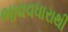
ભાવવધારાથી